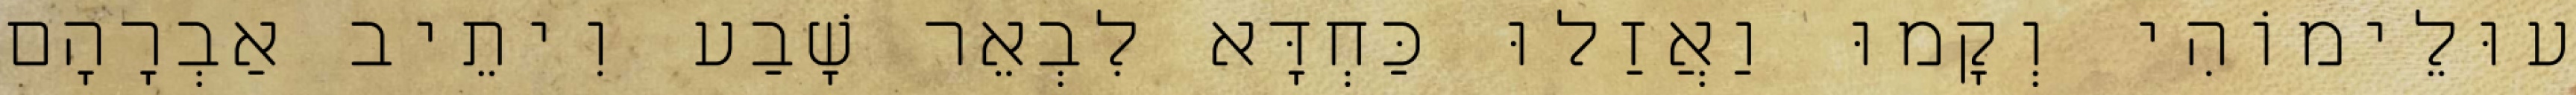
עוּלֵימוֹהִי וְקָמוּ וַאֲזַלוּ כַּחְדָּא לִבְאֵר שָׁבַע וִיתֵיב אַבְרָהָם